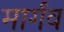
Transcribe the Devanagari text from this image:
मार्गव